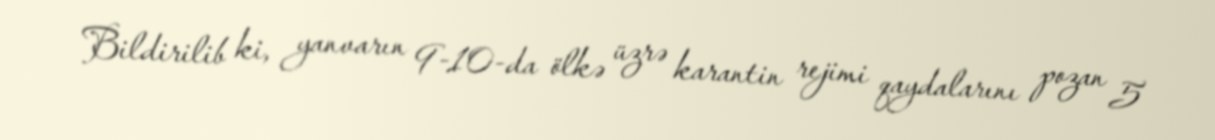
Bildirilib ki, yanvarın 9-10-da ölkə üzrə karantin rejimi qaydalarını pozan 5